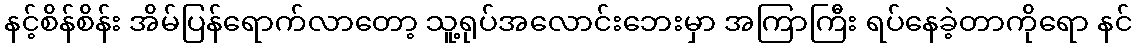
နင့်စိန်စိန်း အိမ်ပြန်ရောက်လာတော့ သူ့ရုပ်အလောင်းဘေးမှာ အကြာကြီး ရပ်နေခဲ့တာကိုရော နင်